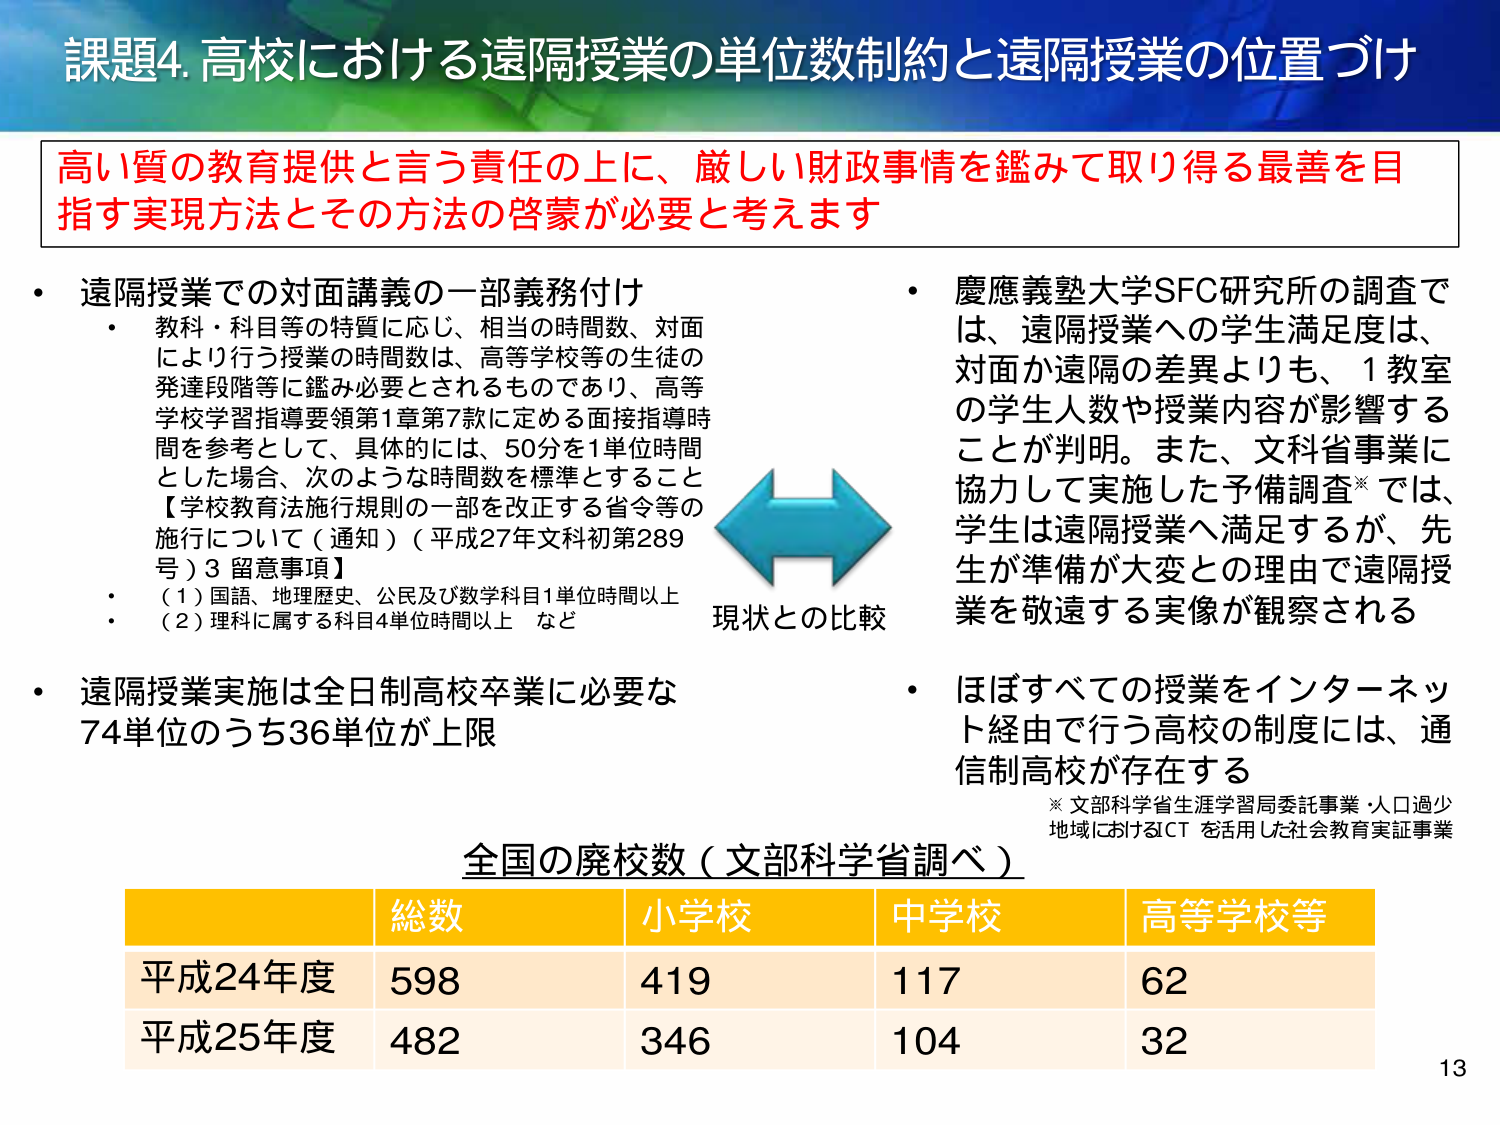
課題4. 高校における遠隔授業の単位数制約と遠隔授業の位置づけ

高い質の教育提供と言う責任の上に、厳しい財政事情を鑑みて取り得る最善を目指す実現方法とその方法の啓蒙が必要と考えます

・遠隔授業での対面講義の一部義務付け
　・教科・科目等の特質に応じ、相当の時間数、対面により行う授業の時間数は、高等学校等の生徒の発達段階等に鑑み必要とされるものであり、高等学校学習指導要領第1章第7款に定める直接指導時間を参考として、具体的には、50分を1単位時間とした場合、次のような時間数を標準とすること
　【学校教育法施行規則の一部を改正する省令等の施行について（通知）（平成27年文科初第289号）3 留意事項】
　　・（1）国語、地理歴史、公民及び数学科目1単位時間以上
　　・（2）理科に属する科目4単位時間以上　など

・遠隔授業実施は全日制高校卒業に必要な74単位のうち36単位が上限

現状との比較

・慶應義塾大学SFC研究所の調査では、遠隔授業への学生満足度は、対面か遠隔の差異よりも、1教室の学生人数や授業内容が影響することが判明。また、文科省事業に協力して実施した予備調査※では、学生は遠隔授業へ満足するが、先生が準備が大変との理由で遠隔授業を敬遠する実像が観察される

・ほぼすべての授業をインターネット経由で行う高校の制度には、通信制高校が存在する

※ 文部科学省生涯学習局委託事業・人口過少地域におけるICTを活用した社会教育実証事業

全国の廃校数（文部科学省調べ）

総数　小学校　中学校　高等学校等
平成24年度　598　419　117　62
平成25年度　482　346　104　32

13